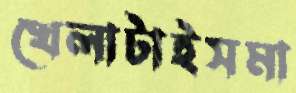
খেলাটাইসমা